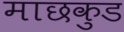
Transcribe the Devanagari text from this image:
माछकुड